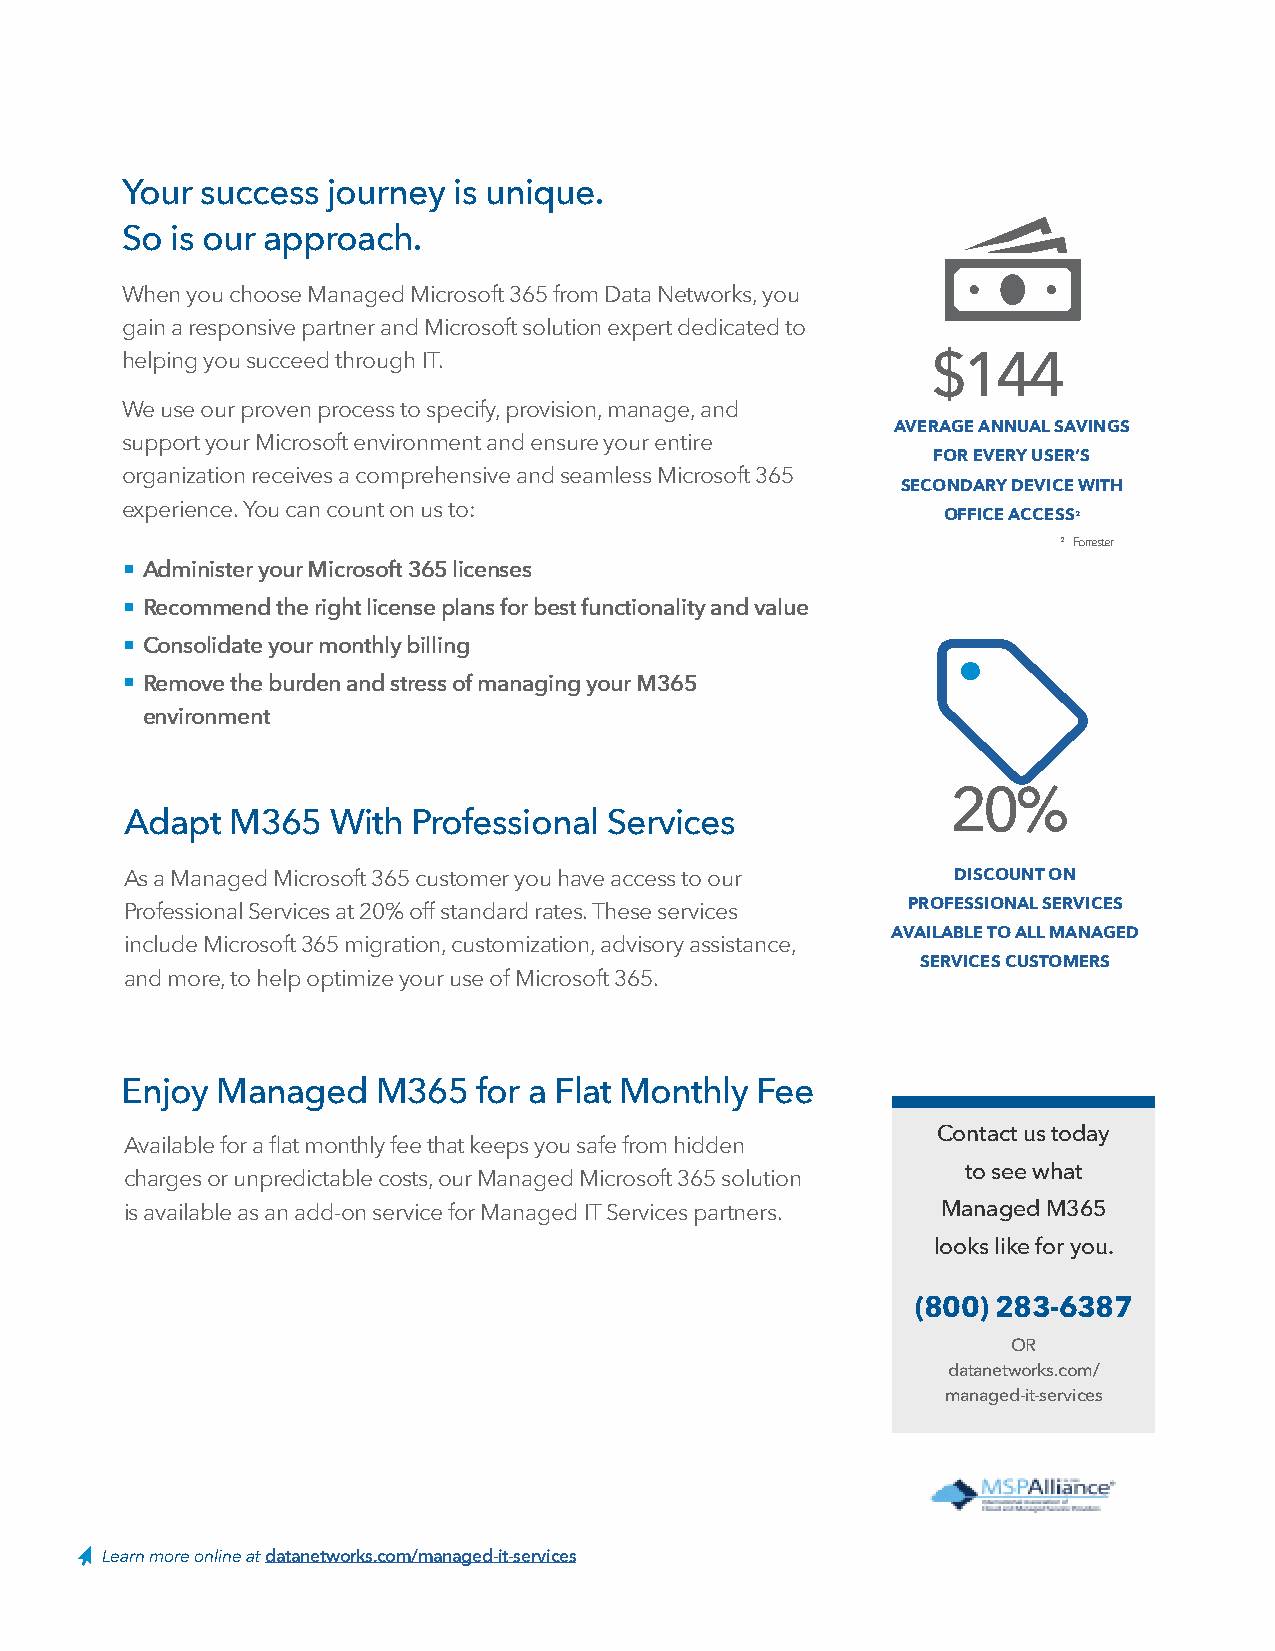
Your success  journey is unique.
 So is our approach.
 When you choose Managed Microsoft 365 from Data Networks, you
 gain a responsive partner and Microsoft solution expert dedicated to
 helping you succeed through IT.                       $144
 We use our proven process to specify, provision, manage, and
 AVERAGE ANNUAL SAVINGS
 support your Microsoft environment and ensure your entire
 FOR EVERY USER’S
 organization receives a comprehensive and seamless Microsoft 365
 SECONDARY DEVICE WITH
 experience. You can count on us to:
 OFFICE ACCES S²
 ² Forrester
 ■ Administer your Microsoft 365 licenses
 ■ Recommend the right license plans for best functionality and value
 ■ Consolidate your monthly billing
 ■ Remove the burden and stress of managing your M365
 environment
 20%
 Adapt  M365   With Professional Services
 As a Managed Microsoft 365 customer you have access to our DISCOUNT ON
 Professional Services at 20% off standard rates. These services PROFESSIONAL SERVICES
 AVAILABLE TO ALL MANAGED
 include Microsoft 365 migration, customization, advisory assistance,
 SERVICES CUSTOMERS
 and more, to help optimize your use of Microsoft 365.
 Enjoy Managed    M365   for a Flat Monthly Fee
 Contact us today
 Available for a flat monthly fee that keeps you safe from hidden
 to see what
 charges or unpredictable costs, our Managed Microsoft 365 solution
 is available as an add-on service for Managed IT Services partners. Managed M365
 looks like for you.
 (800) 283-6387
 OR
 datanetworks.com/
 managed-it-services
 Learn more online at datanetworks.com/managed-it-services